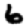
Digit: 6